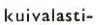
kuivalasti-